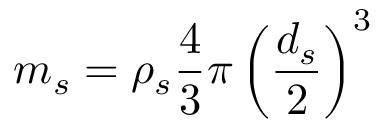
m _ { s } = \rho _ { s } \frac { 4 } { 3 } \pi \left( \frac { d _ { s } } { 2 } \right) ^ { 3 }